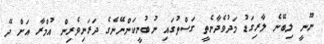
ނޫނީ ލިބޭނެ ލާރިގަޑު މަދުވެދާނެތީ ގަސްތުގައި ނުބުނީކަންނޭނެގެ ދަރަނިވެރިން އުމްރާ އަށް ދޭ